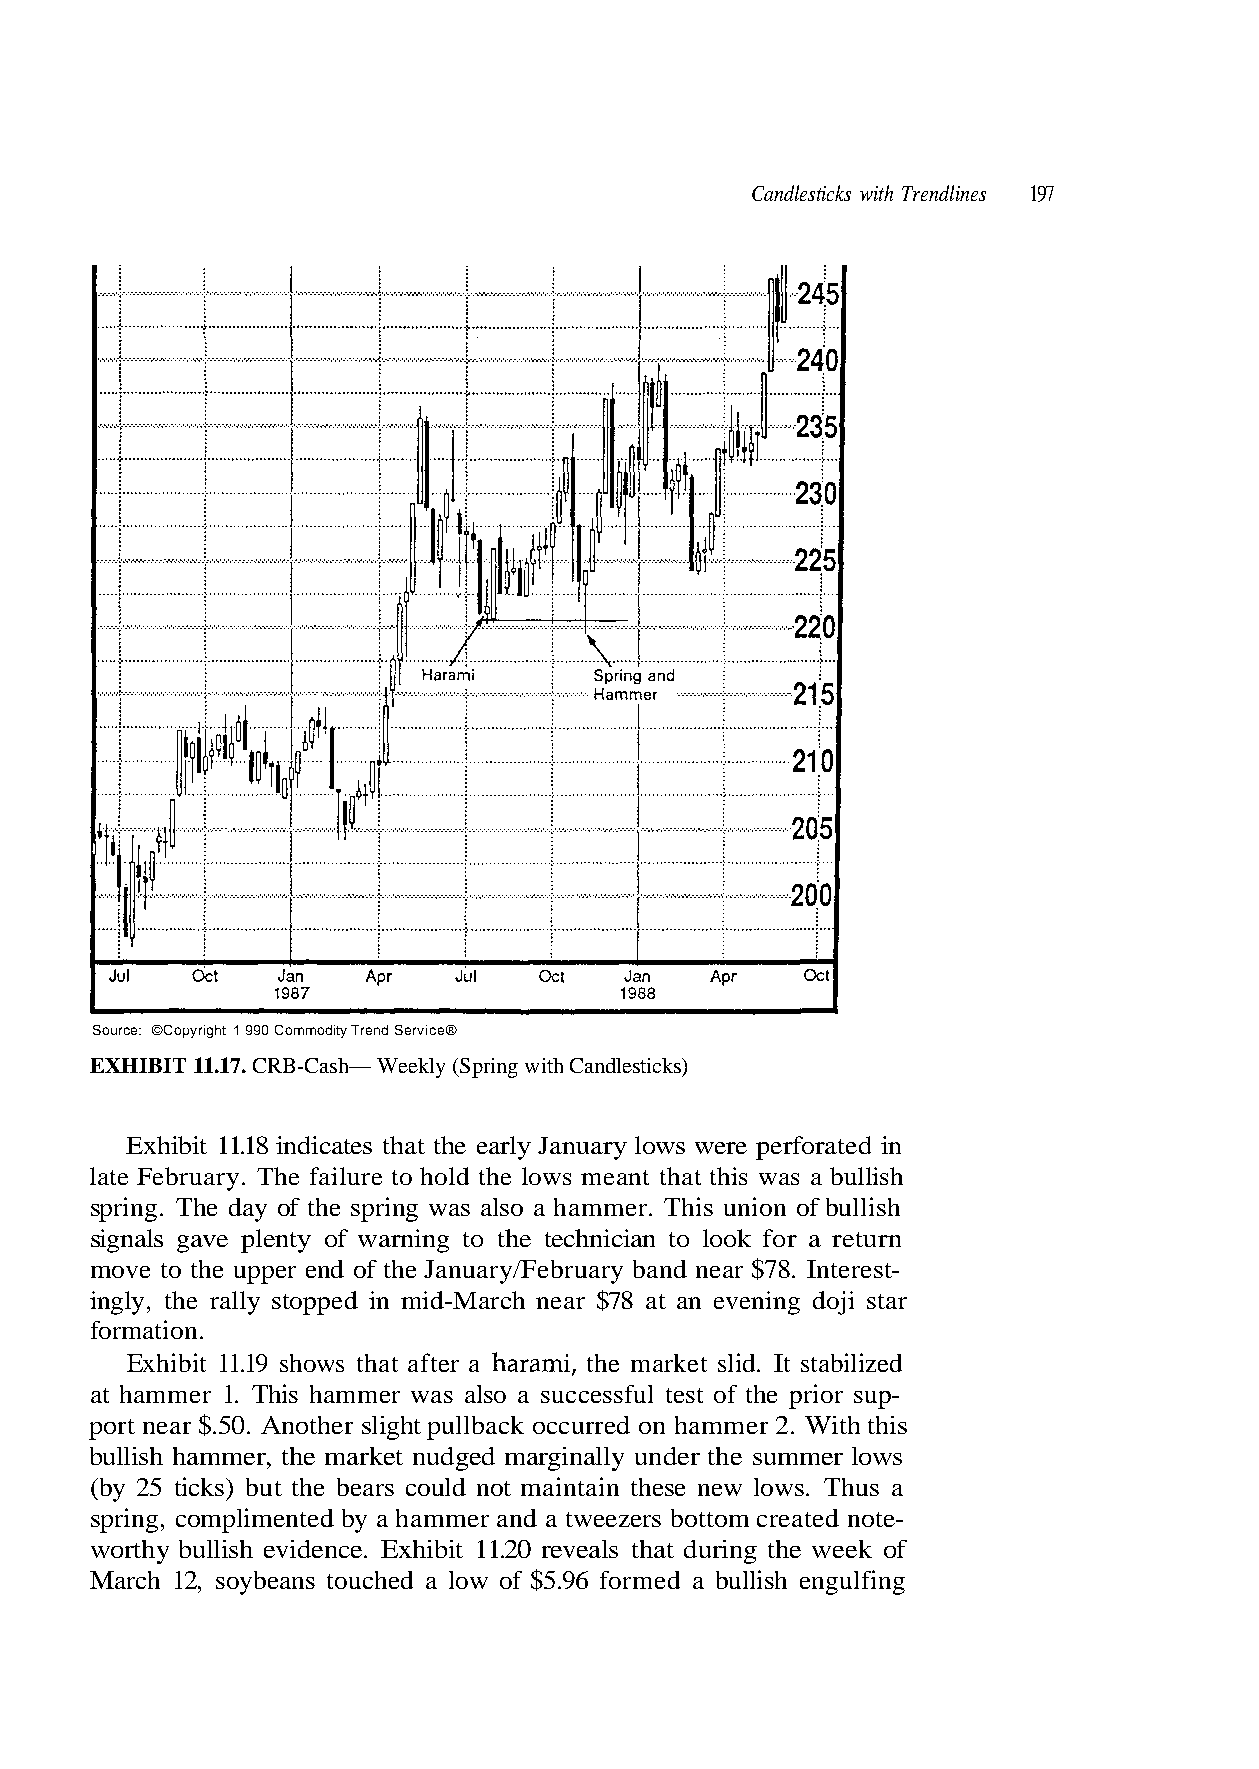
EXHIBIT 11.17. CRB-Cash— Weekly (Spring with Candlesticks)
 Exhibit 11.18 indicates that the early January lows were perforated in
 late February. The failure to hold the lows meant that this was a bullish
 spring. The day of the spring was also a hammer. This union of bullish
 ingly, the rally stopped in mid-March near $78 at an evening doji star
 formation.
 Exhibit 11.19 shows that after a harami, the market slid. It stabilized
 port near $.50. Another slight pullback occurred on hammer 2. With this
 bullish hammer, the market nudged marginally under the summer lows
 worthy bullish evidence. Exhibit 11.20 reveals that during the week of
 - p u s r o i r p e h t f o t s e t l u f s
 a
 s
 s
 e
 u
 c
 h- Te
 n
 c
 t
 ur
 u
 s.
 no
 an to look for a ret
 nd near $78. Interest-
 was also a s
 ain these new low
 zers bottom created
 Source: ©Copyright 1 990 Commodity Trend Service®
 signals gave plenty of warning to the technici
 move to the upper end of the January/February ba
 at hammer 1. This hammer
 (by 25 ticks) but the bears could not maint
 spring, complimented by a hammer and a twee
 March 12, soybeans touched a low of $5.96 formed a bullish engulfing
 197 Candlesticks with Trendlines